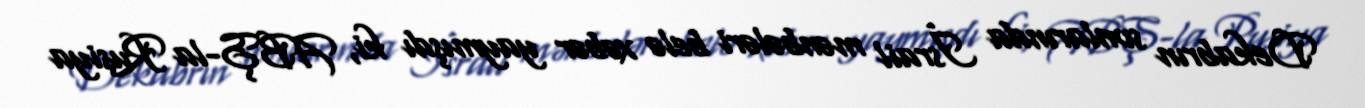
Dekabrın sonlarında İsrail mənbələri belə xəbər yaymışdı ki, ABŞ-la Rusiya